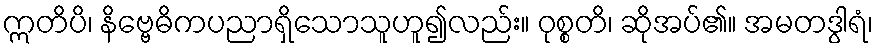
ဣတိပိ၊ နိဗ္ဗေဓိကပညာရှိသောသူဟူ၍လည်း။ ဝုစ္စတိ၊ ဆိုအပ်၏။ အမတဒွါရံ၊